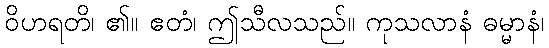
ဝိဟရတိ၊ ၏။ ဧတံ၊ ဤသီလသည်။ ကုသလာနံ ဓမ္မာနံ၊